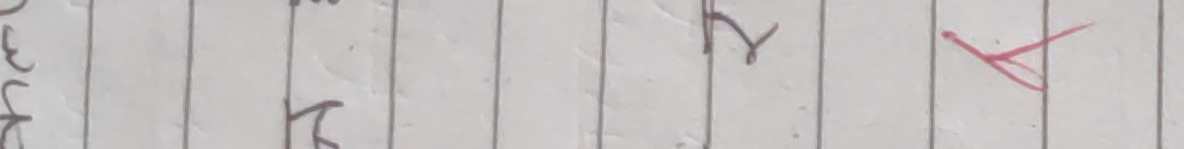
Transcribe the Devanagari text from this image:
३ ट य